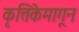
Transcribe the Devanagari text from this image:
कृत्तिकेमागून